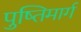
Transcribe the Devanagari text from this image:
पुष्तिमार्ग